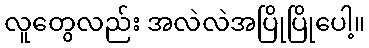
လူတွေလည်း အလဲလဲအပြိုပြိုပေါ့။